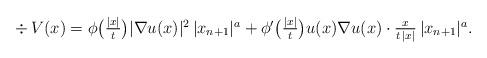
LaTeX: \begin{align*}\div\, V (x) & = \phi\big(\textstyle{\frac{|x|}{t}}\big)|\nabla u(x)|^2\,|x_{n+1}|^a+ \phi'\big(\textstyle{\frac{|x|}{t}}\big)u(x)\nabla u(x)\cdot\frac{x}{t\,|x|}\,|x_{n+1}|^a.\end{align*}